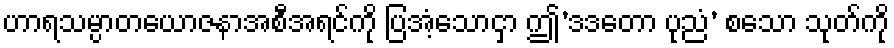
ဟာရသမ္ပာတယောဇနာအစီအရင်ကို ပြအံ့သောငှာ ဤ’ဒဒတော ပုညံ’ စသော သုတ်ကို